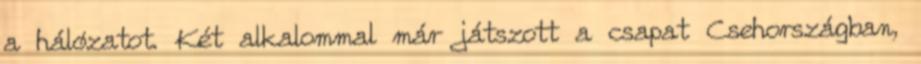
a hálózatot. Két alkalommal már játszott a csapat Csehországban,